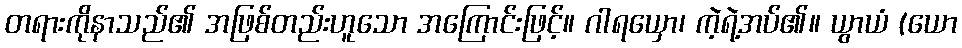
တရားကိုနာသည်၏ အဖြစ်တည်းဟူသော အကြောင်းဖြင့်။ ဂါရယှော၊ ကဲ့ရဲ့အပ်၏။ ယွာယံ (ယော